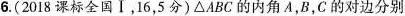
6.(2018课标全国Ⅰ，16，5分)△ABC的内角A，B，C的对边分别